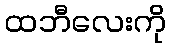
ထဘီလေးကို